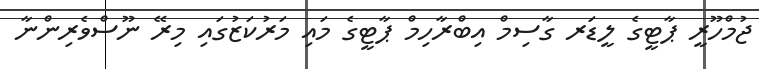
ޖުމްހޫރީ ޕާޓީގެ ލީޑަރ ގާސިމް އިބްރާހިމް ޕާޓީގެ މައި މަރުކަޒުގައި މިރޭ ނޫސްވެރިންނާ